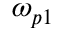
\omega _ { p 1 }